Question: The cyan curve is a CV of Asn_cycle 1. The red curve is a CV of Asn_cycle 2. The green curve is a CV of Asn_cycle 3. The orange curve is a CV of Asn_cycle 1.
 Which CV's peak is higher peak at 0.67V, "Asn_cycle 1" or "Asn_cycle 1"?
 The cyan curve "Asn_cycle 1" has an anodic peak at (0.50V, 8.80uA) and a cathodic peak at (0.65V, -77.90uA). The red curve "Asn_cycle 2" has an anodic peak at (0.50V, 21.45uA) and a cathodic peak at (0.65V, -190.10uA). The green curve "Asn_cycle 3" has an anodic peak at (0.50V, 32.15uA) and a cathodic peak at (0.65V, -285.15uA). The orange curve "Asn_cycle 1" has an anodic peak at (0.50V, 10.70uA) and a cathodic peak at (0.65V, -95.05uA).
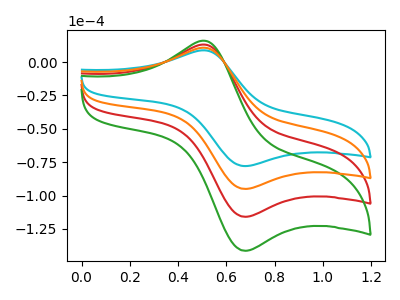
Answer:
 <answer>The peak at 0.67V is lower in "Asn_cycle 1" than in "Asn_cycle 1".</answer>
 <eval>lower</eval>